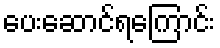
ပေးဆောင်ရကြောင်း